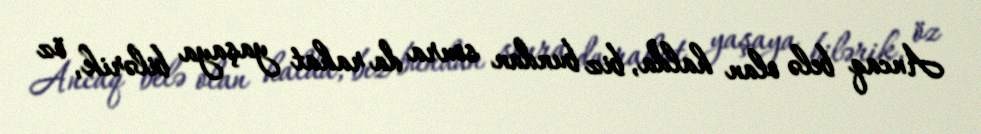
Ancaq belə olan halda, biz bundan sonra da rahat yaşaya bilərik, öz